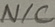
Text: N/C